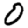
Digit: 0